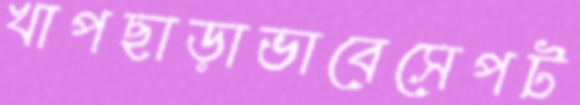
খাপছাড়াভাবেসেপট